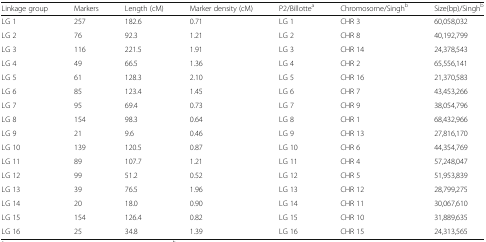
| Linkage group | Markers | Length (cM) | Marker density (cM) | P2/Billottea | Chromosome/Singhb | Size(bp)/Singhb |
 | --- | --- | --- | --- | --- | --- | --- |
 | LG 1 | 257 | 182.6 | 0.71 | LG 1 | CHR 3 | 60,058,032 |
 | LG 2 | 76 | 92.3 | 1.21 | LG 2 | CHR 8 | 40,192,799 |
 | LG 3 | 116 | 221.5 | 1.91 | LG 3 | CHR 14 | 24,378,543 |
 | LG 4 | 49 | 66.5 | 1.36 | LG 4 | CHR 2 | 65,556,141 |
 | LG 5 | 61 | 128.3 | 2.10 | LG 5 | CHR 16 | 21,370,583 |
 | LG 6 | 85 | 123.4 | 1.45 | LG 6 | CHR 7 | 43,453,266 |
 | LG 7 | 95 | 69.4 | 0.73 | LG 7 | CHR 9 | 38,054,796 |
 | LG 8 | 154 | 98.3 | 0.64 | LG 8 | CHR 1 | 68,432,966 |
 | LG 9 | 21 | 9.6 | 0.46 | LG 9 | CHR 13 | 27,816,170 |
 | LG 10 | 139 | 120.5 | 0.87 | LG 10 | CHR 6 | 44,354,769 |
 | LG 11 | 89 | 107.7 | 1.21 | LG 11 | CHR 4 | 57,248,047 |
 | LG 12 | 99 | 51.2 | 0.52 | LG 12 | CHR 5 | 51,953,839 |
 | LG 13 | 39 | 76.5 | 1.96 | LG 13 | CHR 12 | 28,799,275 |
 | LG 14 | 20 | 18.0 | 0.90 | LG 14 | CHR 11 | 30,067,610 |
 | LG 15 | 154 | 126.4 | 0.82 | LG 15 | CHR 10 | 31,889,635 |
 | LG 16 | 25 | 34.8 | 1.39 | LG 16 | CHR 15 | 24,313,565 |